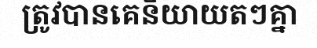
ត្រូវបានគេនិយាយតៗគ្នា